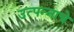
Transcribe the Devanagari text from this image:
उत्‍पन्‍नाचे